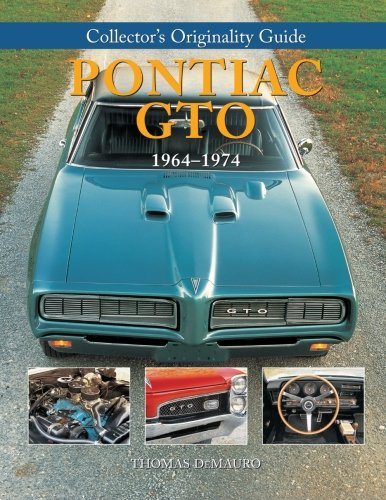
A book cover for Collector's Originality Guide Pontiac GTO 1964-1974; Crafts, Hobbies & Home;